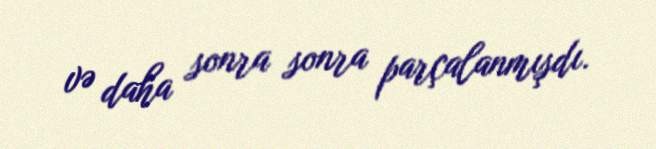
və daha sonra sonra parçalanmışdı.